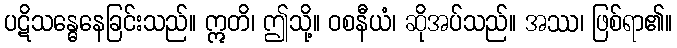
ပဋိသန္ဓေနေခြင်းသည်။ ဣတိ၊ ဤသို့။ ဝစနီယံ၊ ဆိုအပ်သည်။ အဿ၊ ဖြစ်ရာ၏။